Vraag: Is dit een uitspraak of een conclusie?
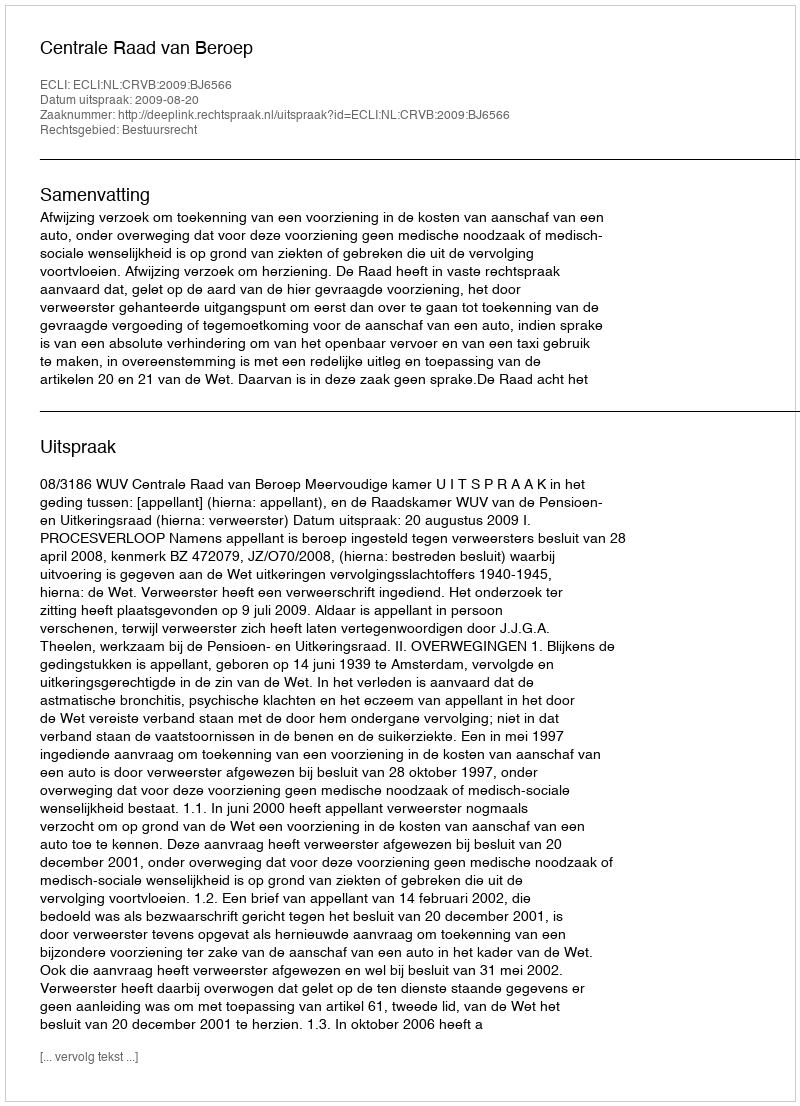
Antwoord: Uitspraak